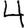
Digit: 4